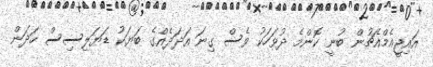
އައިޖީއެމްއެޗުން ބުނީ ކޮންމެ ދުވަހަކު ވެސް ގިނަ އަދަދެއްގެ ބަޔަކު ޑަޔަލިސިސް ހަދަން